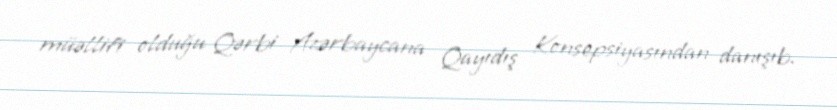
müəllifi olduğu Qərbi Azərbaycana Qayıdış Konsepsiyasından danışıb.